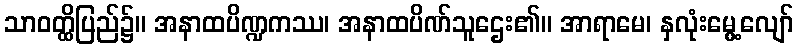
သာဝတ္ထိပြည်၌။ အနာထပိဏ္ဍကဿ၊ အနာထပိဏ်သူဌေး၏။ အာရာမေ၊ နှလုံးမွေ့လျော်